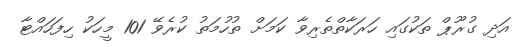
އަދި ގުރޫޕް ތަކުގައި ހަރަކާތްތެރިވާ ކަމަށް ތުހުމަތު ކުރެވޭ 101 މީހަކު ހިފަހައްޓާ